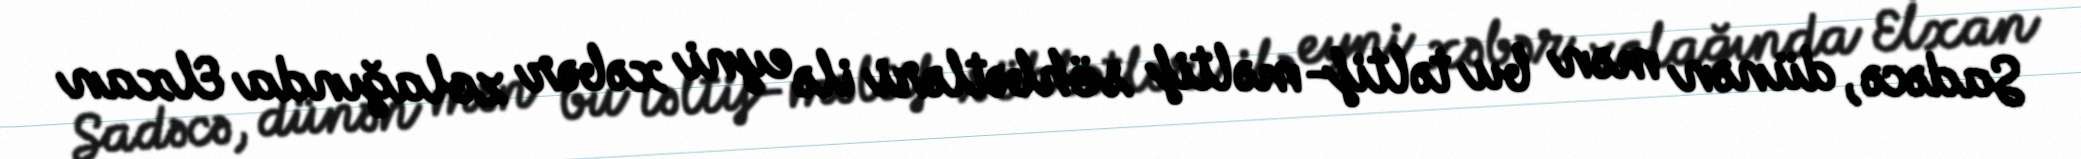
Sadəcə, dünən mən bu təltif-məltif söhbətləri ilə eyni xəbər zolağında Elxan